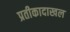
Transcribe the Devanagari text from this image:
प्रतीकादाखल